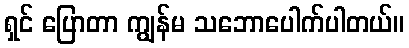
ရှင် ပြောတာ ကျွန်မ သဘောပေါက်ပါတယ်။